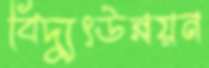
বিদ্যুৎউন্নয়ন